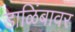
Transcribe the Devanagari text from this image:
डाळिंबावर